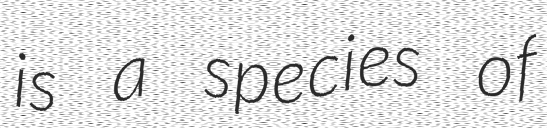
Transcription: is a species of